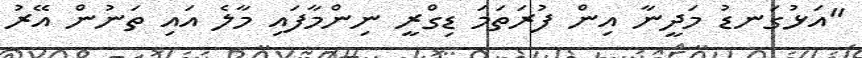
"އަޅުގަނޑު މަދީނާ އިން ފުރަތަމަ ޑިގްރީ ނިންމާފައި މާލެ އައި ތަނުން އޭރު